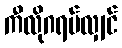
ကီလိုဂရမ်လျှင်